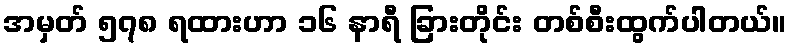
အမှတ် ၅၇၈ ရထားဟာ ၁၆ နာရီ ခြားတိုင်း တစ်စီးထွက်ပါတယ်။